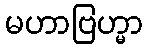
မဟာဗြဟ္မာ